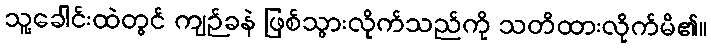
သူ့ခေါင်းထဲတွင် ကျဉ်ခနဲ ဖြစ်သွားလိုက်သည်ကို သတိထားလိုက်မိ၏။